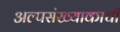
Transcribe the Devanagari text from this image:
अल्पसंख्याकाची